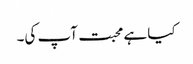
کیا ہے محبت آپ کی۔